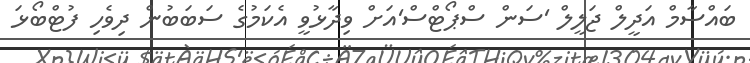
ބައްސާމް އަދީލް ޖަލީލް 'ސަން ސްޕޯޓްސް'އަށް ވިދާޅުވީ އެކަމުގެ ސަބަބުން ދިވެހި ފުޓްބޯޅަ